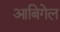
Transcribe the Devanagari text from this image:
आबिगेल